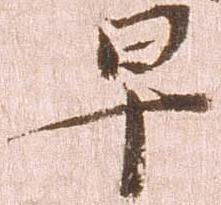
早